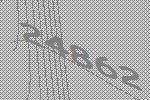
24862